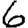
Digit: 6